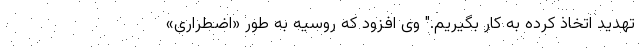
تهدید اتخاذ کرده به کار بگیریم." وی افزود که روسیه به طور «اضطراری»